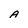
Character: A